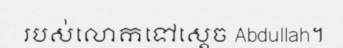
របស់លោកទៅស្តេច Abdullah។